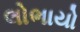
લોભાયો